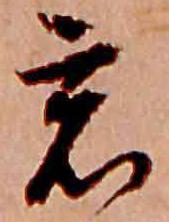
君